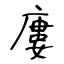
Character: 廔